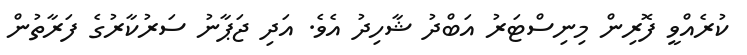
ކުރެއްވީ ފޮރިން މިނިސްޓަރު އަބްދު ޝާހިދު އެވެ. އަދި ޖަޕާނު ސަރުކާރުގެ ފަރާތުން